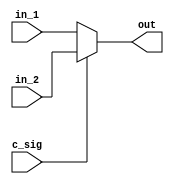
`timescale 1ns / 1ps

module mux(in_1,in_2,c_sig,out);
input [31:0] in_1;
input [31:0] in_2;
input c_sig;
output reg [31:0] out;

always @(c_sig) begin
      out = c_sig ? in_2 : in_1;
end

endmodule